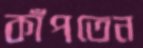
কাঁপতেন